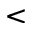
<